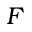
F